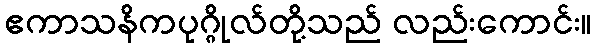
ဧကာသနိကပုဂ္ဂိုလ်တို့သည် လည်းကောင်း။